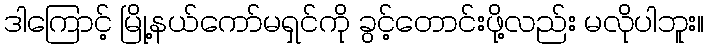
ဒါကြောင့် မြို့နယ်ကော်မရှင်ကို ခွင့်တောင်းဖို့လည်း မလိုပါဘူး။